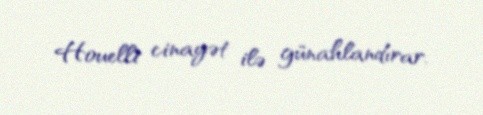
Houelli cinayət ilə günahlandırar.